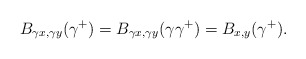
\begin{align*} B_{\gamma x,\gamma y}(\gamma^+)=B_{\gamma x,\gamma y}(\gamma\gamma^+)=B_{x,y}(\gamma^+).\end{align*}